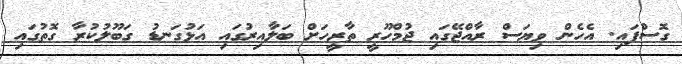
ގޮސްފައި. އެހެން ވިޔަސް ރާއްޖޭގައި ޖުމްހޫރީ ތާރީހަށް ބަލާއިރުގައި އަޅުގަނޑު ގަބޫލުކުރާ ގޮތުގައި